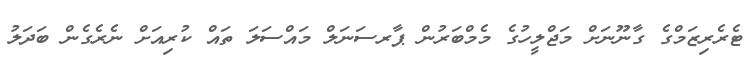
ޓެެރެރިޒަމްގެ ގާނޫނަށް މަޖްލީހުގެ މެމްބަރުން ޕާރސަނަލް މައްސަލަ ތައް ކުރިއަށް ނެރެގެން ބަަދަލު